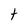
Character: t